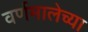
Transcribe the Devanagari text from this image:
वर्णमालेच्या